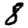
Digit: 8